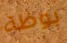
بوظة